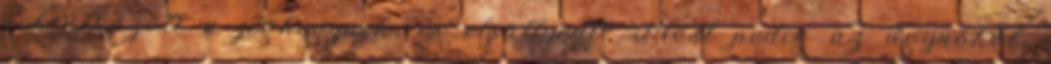
nekiütközött a jéghegynek, és elsüllyedt". Most pedig az ügynökök